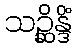
သဉ္ဆိန္ဒိံ